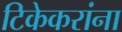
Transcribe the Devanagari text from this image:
टिकेकरांना